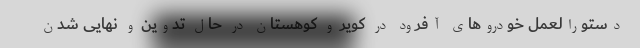
دستورالعمل خودروهای آفرود در کویر و کوهستان در حال تدوین و نهایی شدن